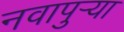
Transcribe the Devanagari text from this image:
नवापुर्‍या